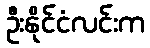
ဦးနိုင်ငံလင်းက